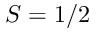
S = 1 / 2